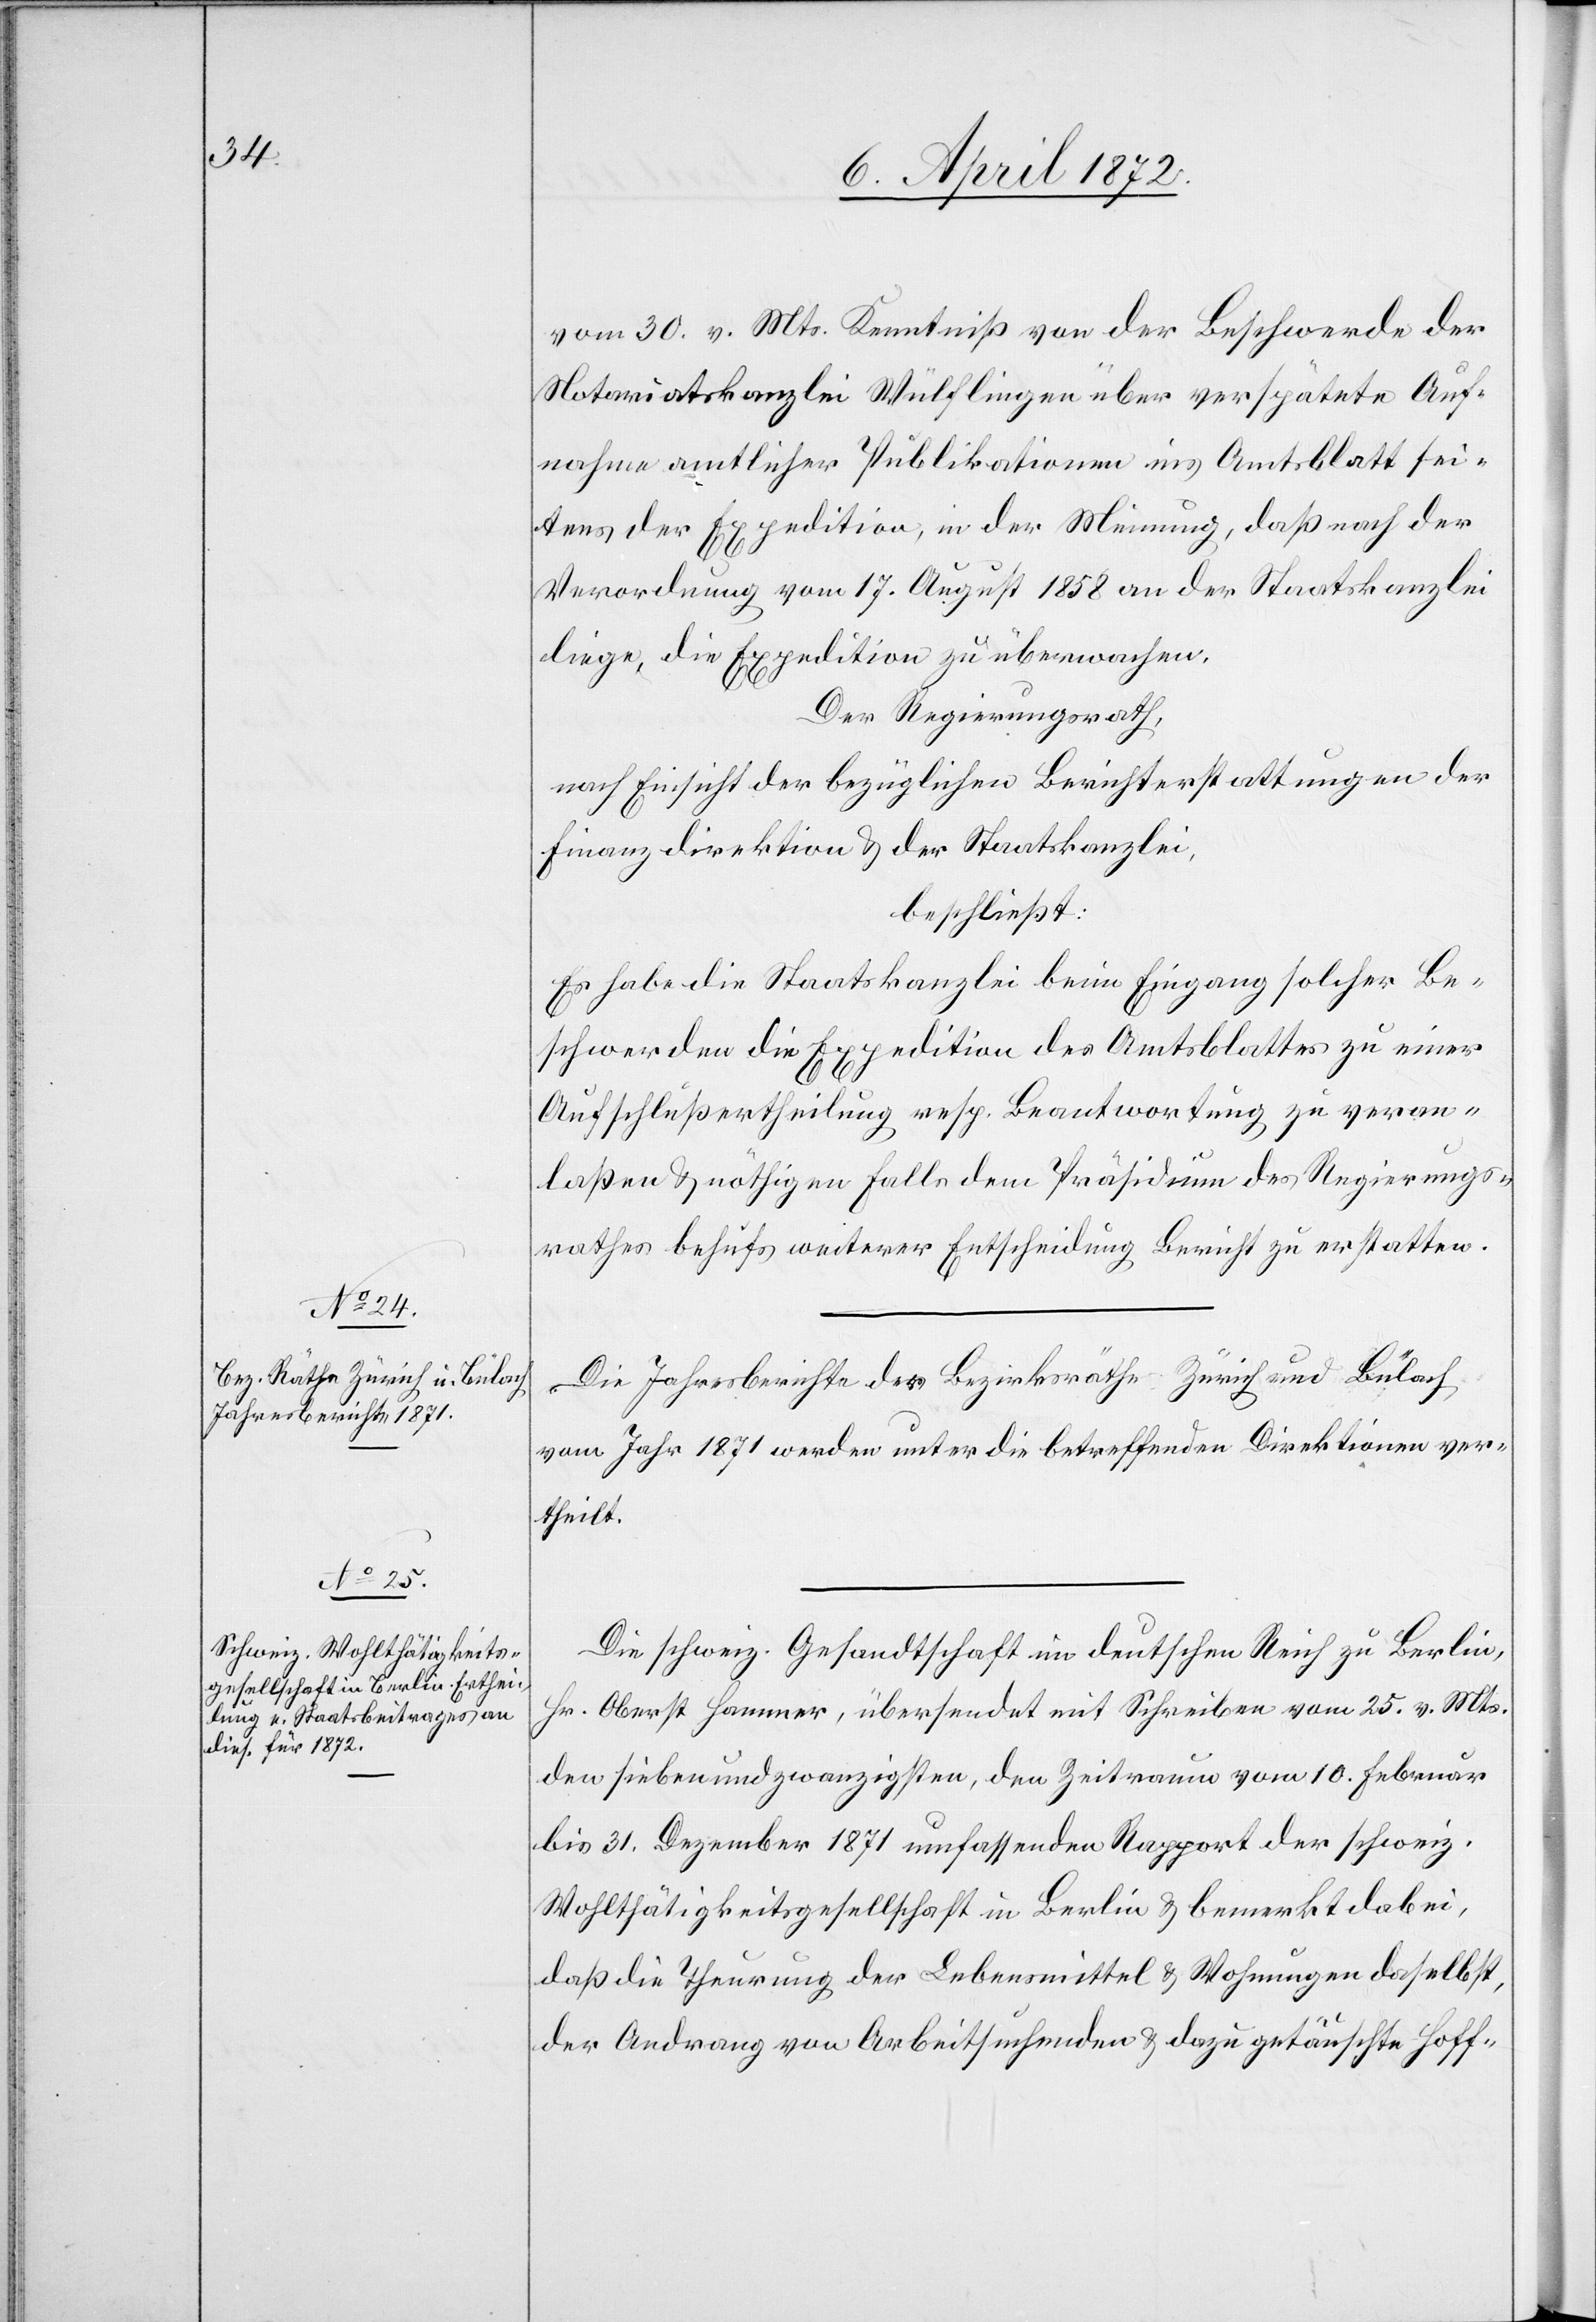
vom 30. v. Mts. Kenntniß von der Beschwerde der
Notariatskanzlei Wülflingen über verspätete Auf¬
nahme amtlicher Publikationen ins Amtsblatt sei¬
tens der Expedition, in der Meinung, daß nach der
Verordnung vom 17. August 1858 an der Staatskanzlei
liege, die Expedition zu überwachen.
Der Regierungsrath,
nach Einsicht der bezüglichen Berichterstattungen der
Finanzdirektion u. der Staatskanzlei,
beschließt:
Es habe die Staatskanzlei beim Eingang solcher Be¬
schwerden die Expedition des Amtsblattes zu einer
Aufschlußertheilung resp. Beantwortung zu veran¬
laßen u. nöthigen Falls dem Präsidium des Regierungs¬
rathes behufs weiterer Entscheidung Bericht zu erstatten.
Die Jahresberichte der Bezirksräthe Zürich und Bülach
vom Jahr 1871 werden unter die betreffenden Direktionen ver¬
theilt.
Die schweiz. Gesandtschaft im deutschen Reich zu Berlin,
Hr. Oberst Hammer, übersendet mit Schreiben vom 25. v. Mts.
den siebenundzwanzigsten, den Zeitraum vom 10. Februar
bis 31. Dezember 1871 umfassenden Rapport der schweiz.
Wohlthätigkeitsgesellschaft in Berlin u. bemerkt dabei,
daß die Theurung der Lebensmittel u. Wohnungen daselbst,
der Andrang von Arbeitsuchenden u. dazu getäuschte Hoff-